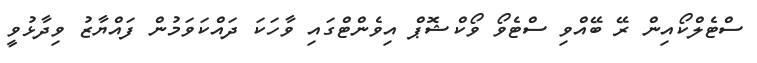
ސްޓެލްކޯއިން ރޭ ބޭއްވި ސްޓެވޯ ވޯކްޝޮޕް އިވެންޓްގައި ވާހަކަ ދައްކަވަމުން ފައްޔާޒު ވިދާޅުވީ